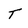
Character: T